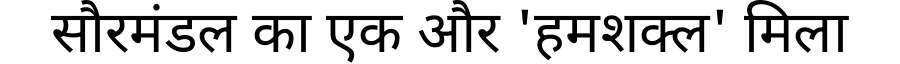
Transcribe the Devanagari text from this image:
सौरमंडल का एक और 'हमशक्ल' मिला